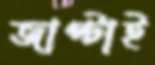
জাপ্‌টাই